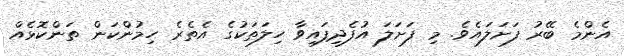
އެންމެ ބޭރު ފަށަލައެވެ. މި ފަށަލަ އުފެދިފައިވާ ހިލަތަކުގެ އެތެރެ ހިމުންކަން ތަންކޮޅެއް